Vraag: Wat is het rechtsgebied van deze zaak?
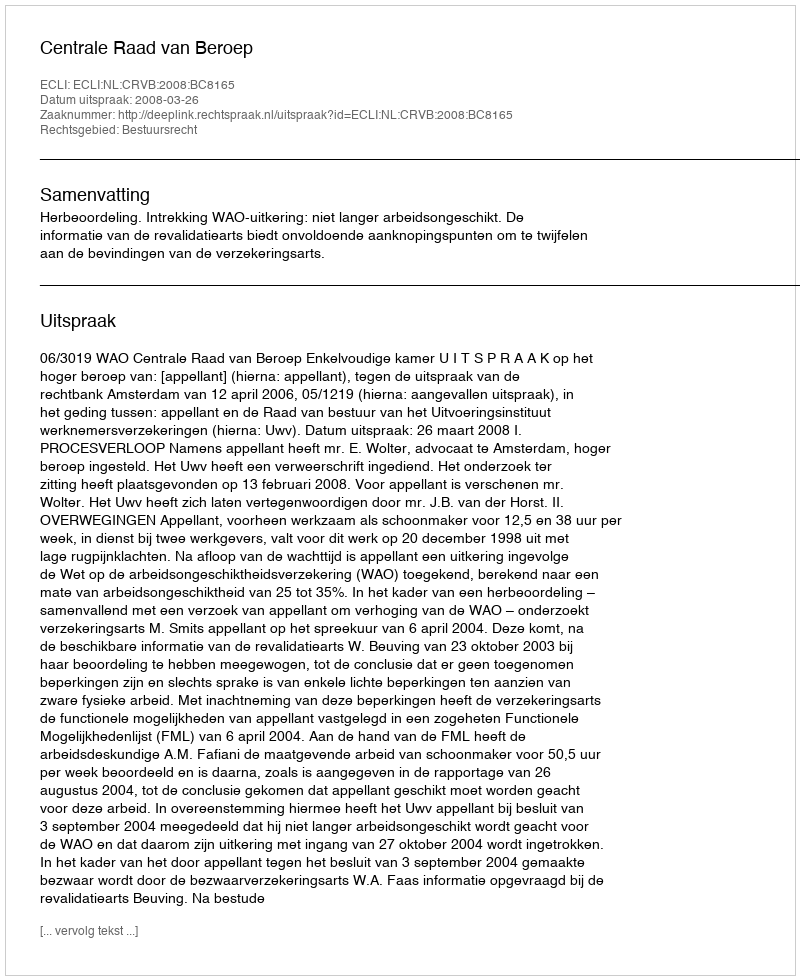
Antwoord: Bestuursrecht